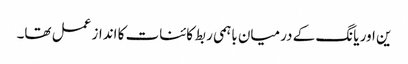
ین اور یانگ کے درمیان باہمی ربط کائنات کا انداز عمل تھا۔